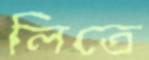
লিতে